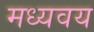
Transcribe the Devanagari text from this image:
मध्यवय